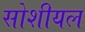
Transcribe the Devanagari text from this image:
सोशीयल